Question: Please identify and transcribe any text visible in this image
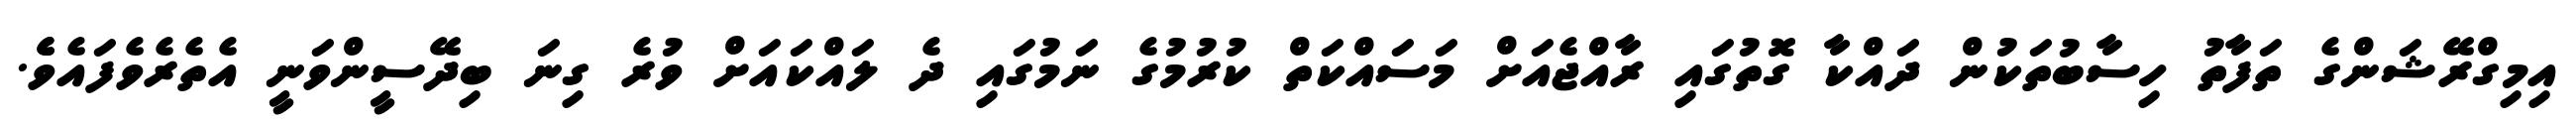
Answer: އިމިގްރޭޝަންގެ ތަފާތު ހިސާބުތަކުން ދައްކާ ގޮތުގައި ރާއްޖެއަށް މަސައްކަތް ކުރުމުގެ ނަމުގައި ދެ ލައްކައަށް ވުރެ ގިނަ ބިދޭސީންވަނީ އެތެރެވެފައެވެެ.